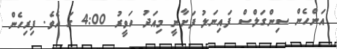
އަންހެން ސިންގަލްސް ފައިނަލު ފަށާނީ މިއަދު ހަވީރު 4:00 ގަ އެވެ. ފިރިހެން